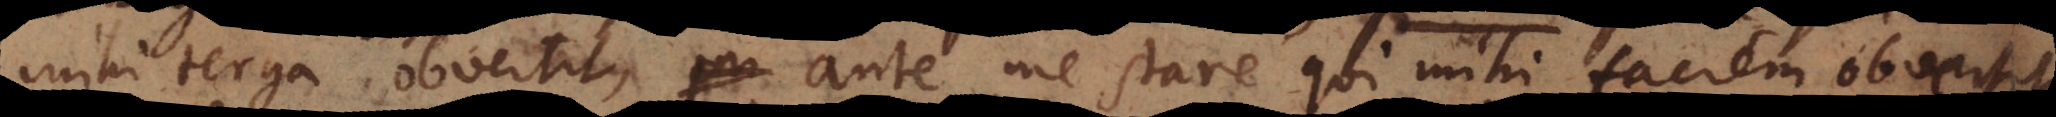
mihi terga obvertit, ante me stare qui mihi faciem